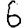
Digit: 6